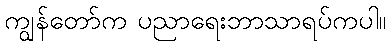
ကျွန်တော်က ပညာရေးဘာသာရပ်ကပါ။